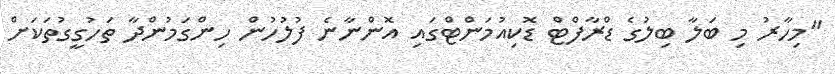
"މިހާރު މި ބަލާ ބިލުގެ ޑްރާފްޓް ޑޮކިއުމަންޓްގައި އޮންނާނެ ފުލުހުން ހިންގަމުންދާ ތަހުގީގުތަކަށް